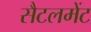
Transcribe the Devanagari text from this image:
सैटलमेंट